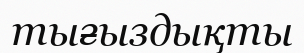
тығыздықты